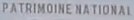
PATRIMOINE NATIONAL